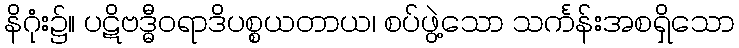
နိဂုံး၌။ ပဋိဗဒ္ဓီဝရာဒိပစ္စယတာယ၊ စပ်ဖွဲ့သော သင်္ကန်းအစရှိသော